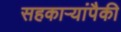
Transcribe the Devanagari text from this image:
सहकाऱ्यांपैकी